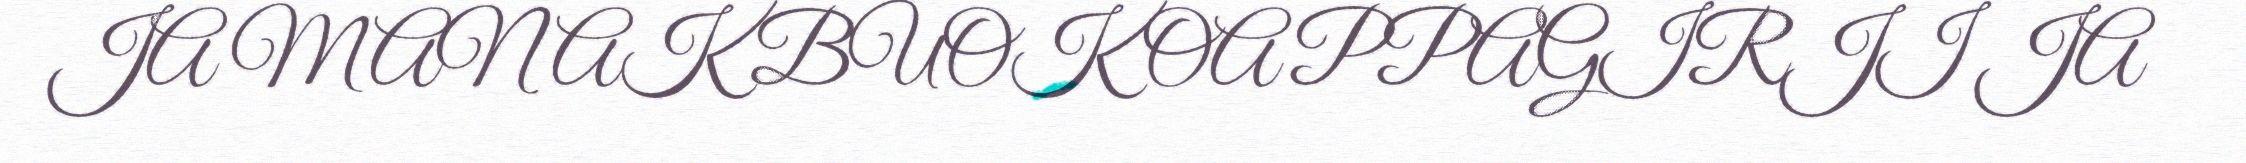
JA MANAK BUOK OAPPAGIRJI JA